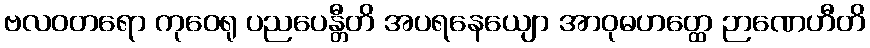
ဗလဝတရော ကုဝေရု ပညပေန္တီတိ အပရနေယျော အာဝုဓဟတ္ထေ ဉာဏေဟီတိ